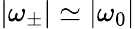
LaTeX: |\omega_{\pm}|\simeq|\omega_{0}|